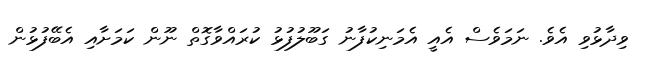
ވިދާޅުވި އެވެ. ނަމަވެސް އެއީ އެމަނިކުފާނު ގަބޫލުފުޅު ކުރައްވާގޮތް ނޫން ކަމަށާއި އެބޭފުޅުން